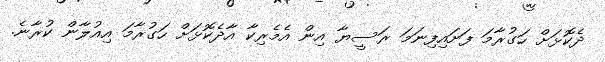
ދެކޮޅަށް ހަގުރާމަ ފަށައިފިނަމަ ރަސީޔާ އިން އެމެރިކާ އާދެކޮޅަށް ހަގުރާމަ އިއުލާން ކުރާނެ.